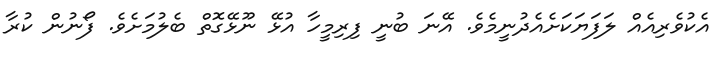
އެކުވެރިއެއް ލަފަޔަކަށެއެދުނީމެވެ. އޭނަ ބުނީ ފިރިމީހާ އުޅޭ ނޫޅޭގޮތް ބެލުމަށެވެ. ފޯނުން ކުރާ